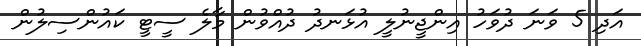
އަދި 5 ވަަނަ ދުވަހު އިންޖީނުލީ އުޅަނދު ދުއްވުން މާލެ ސީޓީ ކައުންސިލުން